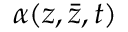
\alpha ( z , \bar { z } , t )